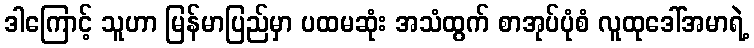
ဒါကြောင့် သူဟာ မြန်မာပြည်မှာ ပထမဆုံး အသံထွက် စာအုပ်ပုံစံ လူထုဒေါ်အမာရဲ့